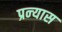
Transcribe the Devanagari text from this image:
प्रन्‍यास